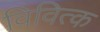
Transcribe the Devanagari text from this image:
विवित्क